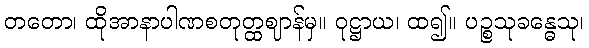
တတော၊ ထိုအာနာပါဏစတုတ္ထဈာန်မှ။ ဝုဋ္ဌာယ၊ ထ၍။ ပဉ္စသုခန္ဓေသု၊